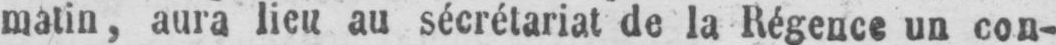
matin, aura lieu au sécrétariat de la Régence un con-